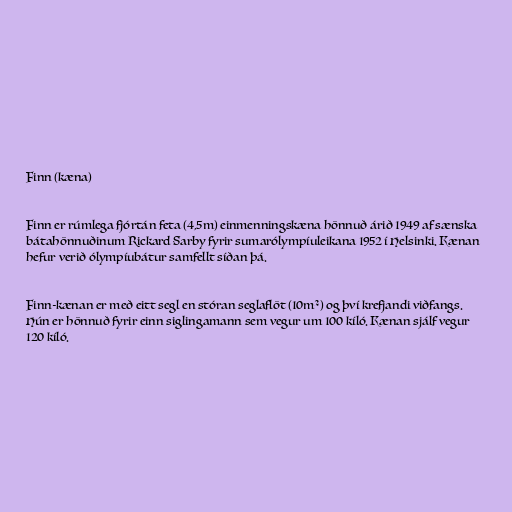
Finn (kæna)

Finn er rúmlega fjórtán feta (4,5m) einmenningskæna hönnuð árið 1949 af sænska
bátahönnuðinum Rickard Sarby fyrir sumarólympíuleikana 1952 í Helsinki. Kænan
hefur verið ólympíubátur samfellt síðan þá.

Finn-kænan er með eitt segl en stóran seglaflöt (10m²) og því krefjandi viðfangs.
Hún er hönnuð fyrir einn siglingamann sem vegur um 100 kíló. Kænan sjálf vegur
120 kíló.